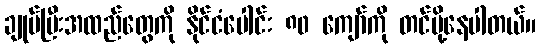
ချုပ်ပြီးအထည်တွေကို နိုင်ငံပေါင်း ၈၀ ကျော်ကို တင်ပို့နေပါတယ်။